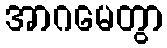
အာဂမေတွာ